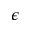
\epsilon